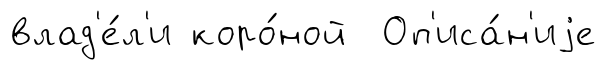
влад'е́л'и коро́ной Оп'иса́н'иjе